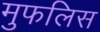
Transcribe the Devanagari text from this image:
मुफलिस